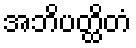
အဘိပတ္ထိတံ